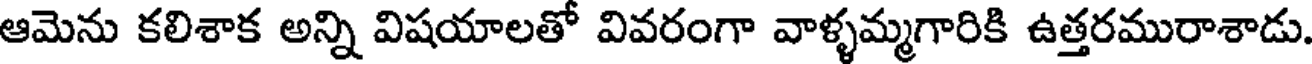
ఆమెను కలిశాక అన్ని విషయాలతో వివరంగా వాళ్ళమ్మగారికి ఉత్తరమురాశాడు.